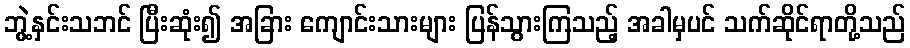
ဘွဲ့နှင်းသဘင် ပြီးဆုံး၍ အခြား ကျောင်းသားများ ပြန်သွားကြသည့် အခါမှပင် သက်ဆိုင်ရာတို့သည်